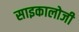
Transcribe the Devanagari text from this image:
साइकालोजी